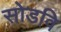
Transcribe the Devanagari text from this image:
सोडवि